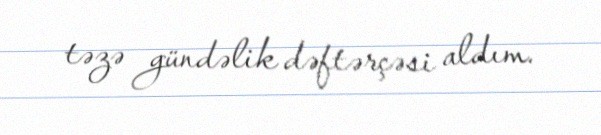
təzə gündəlik dəftərçəsi aldım.